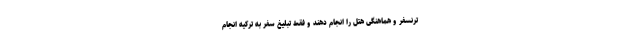
ترنسفر و هماهنگی هتل را انجام دهند و فقط تبلیغ سفر به ترکیه انجام